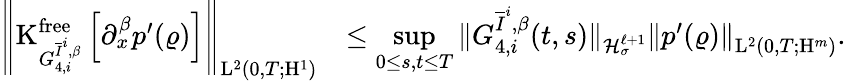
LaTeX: \begin{array}{rl}{\left\Vert\mathrm{K}_{G_{4,i}^{\overline{{I}}^{i},\beta}}^{\mathrm{free}}\left[\partial_{x}^{\beta}p^{\prime}(\varrho)\right]\right\Vert_{\mathrm{L}^{2}(0,T;\mathrm{H}^{1})}}&{\leq\underset{0\leq s,t\leq T}{\operatorname*{sup}}\Vert G_{4,i}^{\overline{{I}}^{i},\beta}(t,s)\Vert_{\mathcal{H}_{\sigma}^{\ell+1}}\left\Vert p^{\prime}(\varrho)\right\Vert_{\mathrm{L}^{2}(0,T;\mathrm{H}^{m})}.}\end{array}